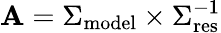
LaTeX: \mathbf{A}=\Sigma_{\mathrm{{model}}}\times\Sigma_{\mathrm{{res}}}^{-1}